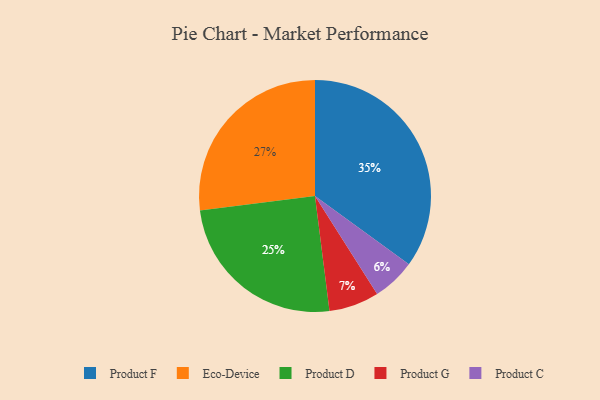
{"axis": {"x": "Category", "y": "Percentage"}, "legend": ["Eco-Device", "Product C", "Product D", "Product F", "Product G"], "data": [{"x": "Product F", "y": 35, "type": "Product F"}, {"x": "Product G", "y": 7, "type": "Product G"}, {"x": "Product D", "y": 25, "type": "Product D"}, {"x": "Eco-Device", "y": 27, "type": "Eco-Device"}, {"x": "Product C", "y": 6, "type": "Product C"}]}